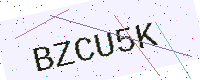
Text: BZCU5K